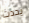
يحدث